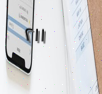
٢١١